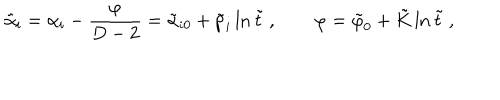
\tilde { \alpha } _ { i } = \alpha _ { i } - \frac { \varphi } { D - 2 } = \tilde { \alpha } _ { i 0 } + \tilde { p } _ { i } \ln \tilde { t } \ , \qquad \varphi = \tilde { \varphi } _ { 0 } + \tilde { K } \ln \tilde { t } \ ,